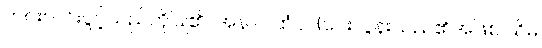
ဟင်းလင်းပွင့်သည်ကိုပြု၏။ အနာပါထံဝါ၊ (ဝေးလွန်းသည်၏အဖြစ် သိမ်